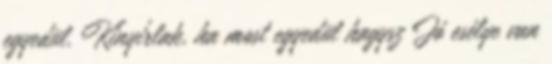
egyedül. Kinyírlak, ha most egyedül hagysz Jó esélye van